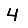
Digit: 4